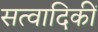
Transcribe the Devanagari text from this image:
सत्वादिकीं